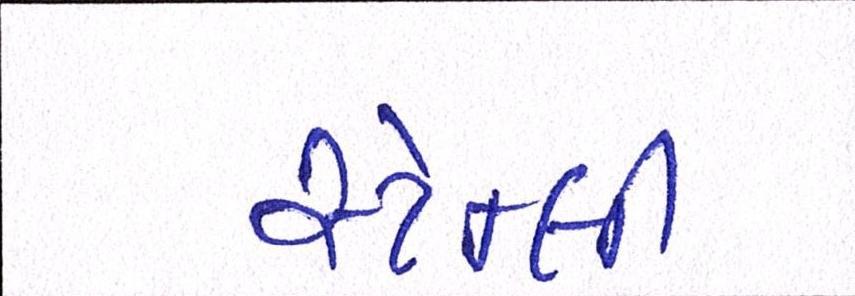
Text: સ્ટેન્લી